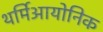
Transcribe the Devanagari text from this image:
थर्मिआयोनिक